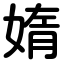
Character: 媠